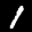
Label: 1